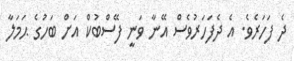
ދެ ފަހަރެވެ. އެ ދެފަހަރުވެސް އޭނާ ވަނީ ފޭސްބުކް އަށް ބަހުގެ ޙަމަލާ